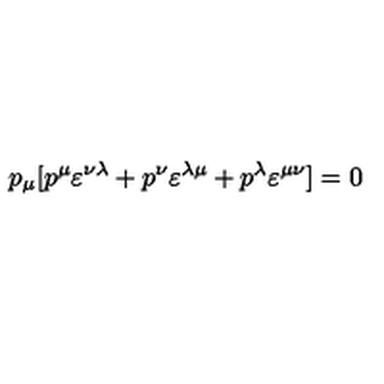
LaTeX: p _ { \mu } [ p ^ { \mu } \varepsilon ^ { \nu \lambda } + p ^ { \nu } \varepsilon ^ { \lambda \mu } + p ^ { \lambda } \varepsilon ^ { \mu \nu } ] = 0